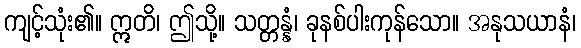
ကျင့်သုံး၏။ ဣတိ၊ ဤသို့။ သတ္တန္နံ၊ ခုနစ်ပါးကုန်သော။ အနုသယာနံ၊